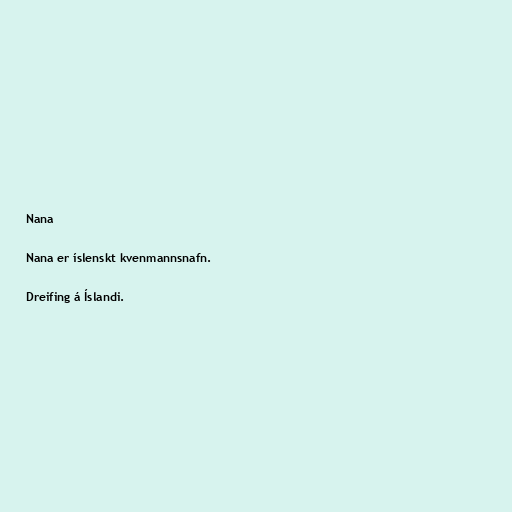
Nana

Nana er íslenskt kvenmannsnafn.

Dreifing á Íslandi.